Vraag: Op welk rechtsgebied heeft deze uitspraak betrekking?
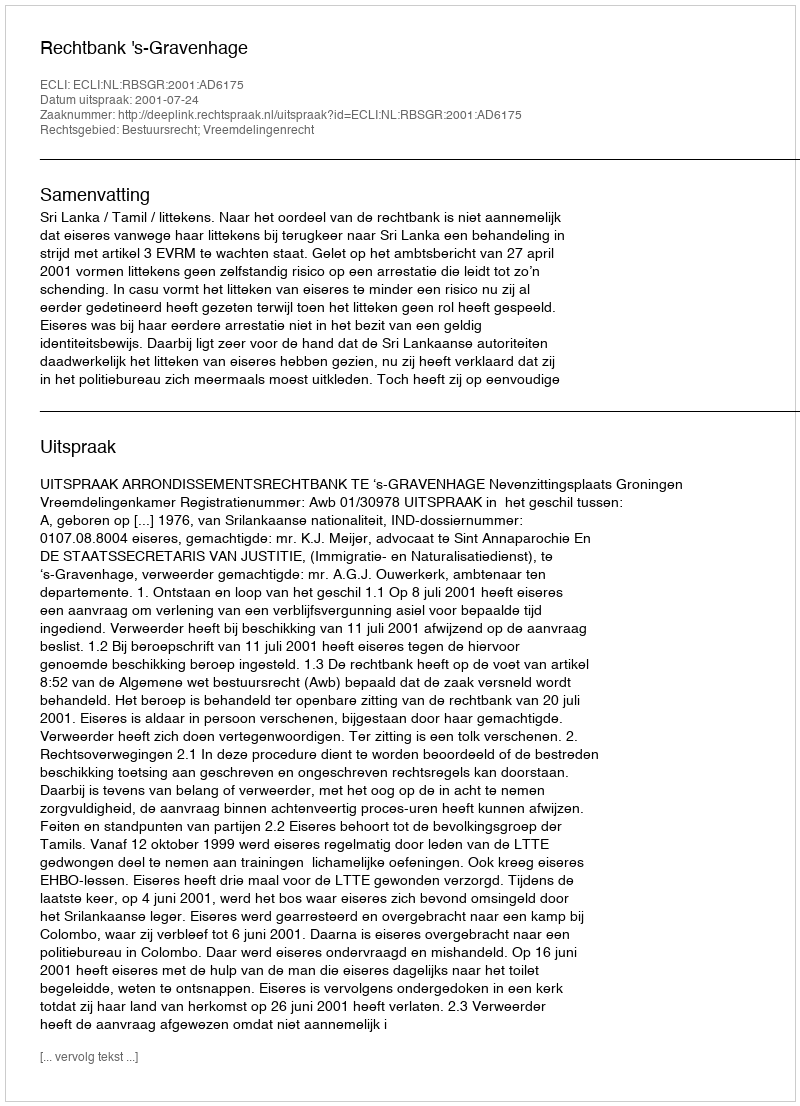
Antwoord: Bestuursrecht; Vreemdelingenrecht